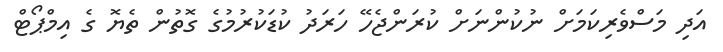
އަދި މަސްވެރިކަމަށް ނުކުންނަށް ކުރަންޖެހޭ ހަރަދު ކުޑަކުރުމުގެ ގޮތުން ތެޔޮ ގެ އިމްޕޯޓް